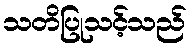
သတိပြုသင့်သည်